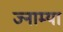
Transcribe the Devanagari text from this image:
ज्नाम्या